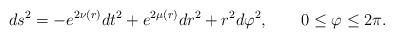
LaTeX: \begin{align*}ds^2 = - e^{2\nu(r)} dt^2 + e^{2\mu(r)}dr^2 + r^2 d\varphi^2, \quad\quad 0\leq\varphi\leq 2\pi. \end{align*}